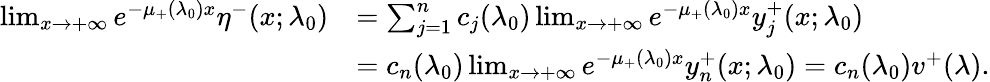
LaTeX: \begin{array}{rl}{\operatorname*{lim}_{x\to+\infty}e^{-\mu_{+}(\lambda_{0})x}\eta^{-}(x;\lambda_{0})}&{=\sum_{j=1}^{n}c_{j}(\lambda_{0})\operatorname*{lim}_{x\to+\infty}e^{-\mu_{+}(\lambda_{0})x}y_{j}^{+}(x;\lambda_{0})}\\ &{=c_{n}(\lambda_{0})\operatorname*{lim}_{x\to+\infty}e^{-\mu_{+}(\lambda_{0})x}y_{n}^{+}(x;\lambda_{0})=c_{n}(\lambda_{0})v^{+}(\lambda).}\end{array}